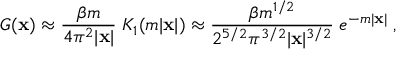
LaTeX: { \cal G } ( { \bf x } ) \approx { \frac { \beta m } { 4 \pi ^ { 2 } \vert { \bf x } \vert } } \; K _ { 1 } ( m \vert { \bf x } \vert ) \approx { \frac { \beta m ^ { 1 / 2 } } { 2 ^ { 5 / 2 } \pi ^ { 3 / 2 } \vert { \bf x } \vert ^ { 3 / 2 } } } \; e ^ { - m \vert { \bf x } \vert } \; ,